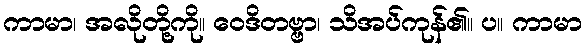
ကာမာ၊ အလိုတို့ကို။ ဝေဒိတဗ္ဗာ၊ သိအပ်ကုန်၏။ ပ။ ကာမာ